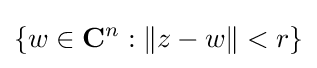
\{w\in \mathbf {C} ^{n}:\lVert z-w\rVert <r\}